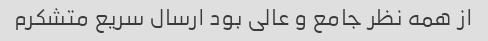
از همه نظر جامع و عالی بود ارسال سریع متشکرم